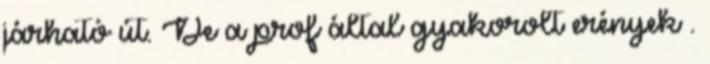
járható út. De a prof által gyakorolt erények .